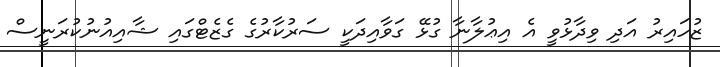
ޒުހައިރު އަދި ވިދާޅުވީ އެ އިޢުލާނާ ގުޅޭ ގަވާއިދަކީ ސަރުކާރުގެ ގެޒެޓްގައި ޝާއިއުނުކުރަނީސް